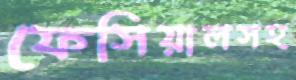
ফেসিয়ালসহ